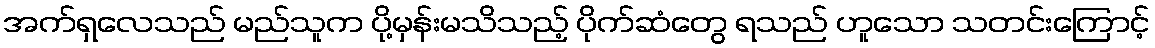
အက်ရှလေသည် မည်သူက ပို့မှန်းမသိသည့် ပိုက်ဆံတွေ ရသည် ဟူသော သတင်းကြောင့်